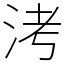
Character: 洘